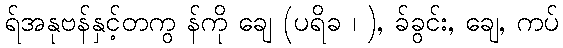
ရ်အနုဗန်နှင့်တကွ န်ကို ချေ (ပရိခ ၊ ), ခ်ခွင်း, ချေ, ကပ်